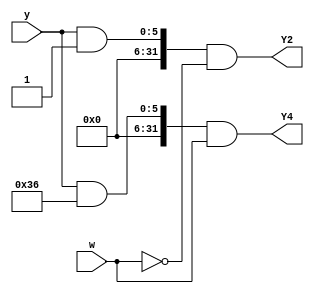
module top_module (
    input [6:1] y,
    input w,
    output Y2,
    output Y4);

    assign Y2 = (y & 'b1) && (w == 0);
    assign Y4 = (y & 'b110110) && (w == 1);
endmodule